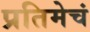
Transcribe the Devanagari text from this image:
प्रतिमेचं